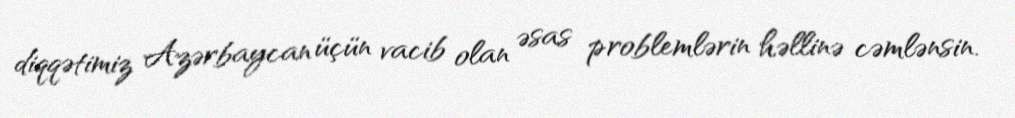
diqqətimiz Azərbaycan üçün vacib olan əsas problemlərin həllinə cəmlənsin.